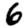
Digit: 6